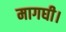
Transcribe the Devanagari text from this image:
मागघी।